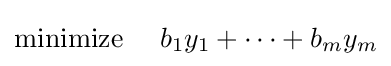
{\text{minimize }}~~~b_{1}y_{1}+\cdots +b_{m}y_{m}